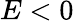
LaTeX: E<0